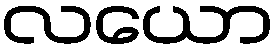
လယော